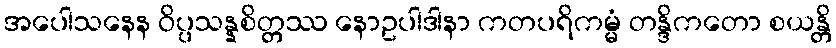
အပေါသနေန ဝိပ္ပသန္နစိတ္တဿ နောဥပါဒါနာ ကတပရိကမ္မံ တန္ဒိကတော စယန္တိ